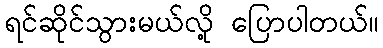
ရင်ဆိုင်သွားမယ်လို့ ပြောပါတယ်။